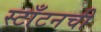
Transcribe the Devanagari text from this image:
स्टाँटनची